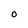
Character: O